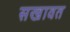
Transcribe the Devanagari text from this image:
सखावत